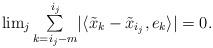
LaTeX: \begin{align*}\begin{array}{c}\lim_{j}\underset{k=i_{j}-m}{\overset{i_{j}}{\sum}}|\langle\tilde{x}_{k}-\tilde{x}_{i_{j}},e_{k}\rangle|=0.\end{array}\end{align*}